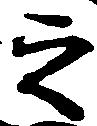
之